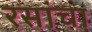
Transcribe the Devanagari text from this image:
रसांचा